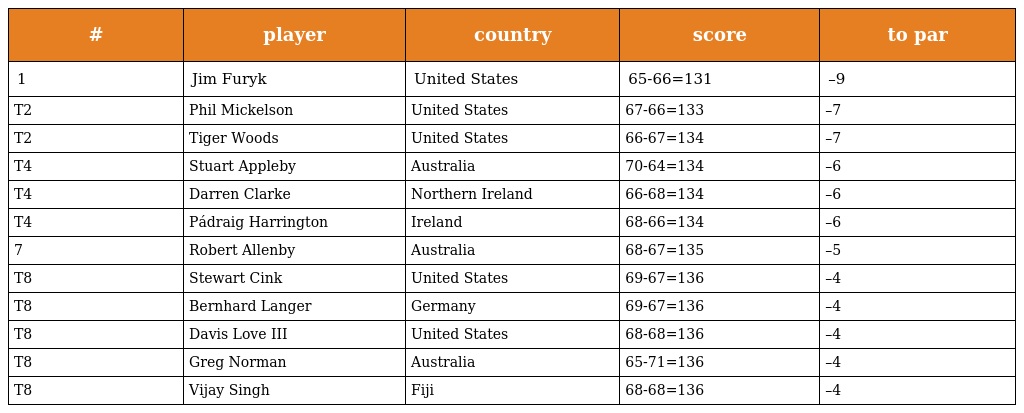
| # | player | country | score | to par |
 | --- | --- | --- | --- | --- |
 | 1 | Jim Furyk | United States | 65-66=131 | –9 |
 | T2 | Phil Mickelson | United States | 67-66=133 | –7 |
 | T2 | Tiger Woods | United States | 66-67=134 | –7 |
 | T4 | Stuart Appleby | Australia | 70-64=134 | –6 |
 | T4 | Darren Clarke | Northern Ireland | 66-68=134 | –6 |
 | T4 | Pádraig Harrington | Ireland | 68-66=134 | –6 |
 | 7 | Robert Allenby | Australia | 68-67=135 | –5 |
 | T8 | Stewart Cink | United States | 69-67=136 | –4 |
 | T8 | Bernhard Langer | Germany | 69-67=136 | –4 |
 | T8 | Davis Love III | United States | 68-68=136 | –4 |
 | T8 | Greg Norman | Australia | 65-71=136 | –4 |
 | T8 | Vijay Singh | Fiji | 68-68=136 | –4 |